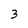
Character: 3